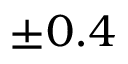
\pm 0 . 4